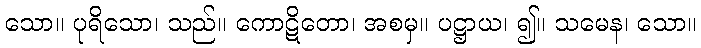
သော။ ပုရိသော၊ သည်။ ကောဋိတော၊ အစမှ။ ပဋ္ဌာယ၊ ၍။ သမေန၊ သော။